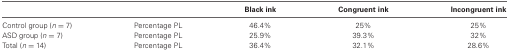
|  |  | Black ink | Congruent ink | Incongruent ink |
 | --- | --- | --- | --- | --- |
 | Control group (n = 7) | Percentage PL | 46.4% | 25% | 25% |
 | ASD group (n = 7) | Percentage PL | 25.9% | 39.3% | 32% |
 | Total (n = 14) | Percentage PL | 36.4% | 32.1% | 28.6% |